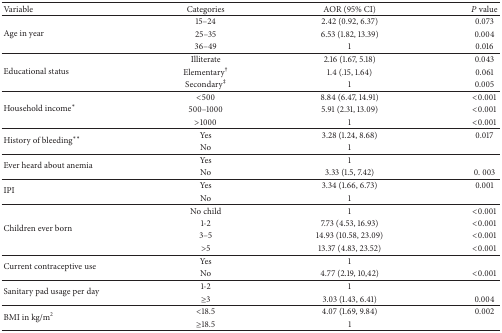
<table><thead><tr><td><b>Variable</b></td><td><b>Categories</b></td><td><b>AOR (95% CI)</b></td><td><b><i>P</i> value</b></td></tr></thead><tbody><tr><td rowspan="3">Age in year</td><td>15–24</td><td>2.42 (0.92, 6.37)</td><td>0.073</td></tr><tr><td>25–35</td><td>6.53 (1.82, 13.39)</td><td>0.004</td></tr><tr><td>36–49</td><td>1</td><td>0.016</td></tr><tr><td rowspan="3">Educational status</td><td>Illiterate</td><td>2.16 (1.67, 5.18)</td><td>0.043</td></tr><tr><td>Elementary<sup>†</sup></td><td>1.4 (.15, 1.64)</td><td>0.061</td></tr><tr><td>Secondary<sup>‡</sup></td><td>1</td><td>0.005</td></tr><tr><td rowspan="3">Household income<sup>*</sup></td><td>&lt;500</td><td>8.84 (6.47, 14.91)</td><td>&lt;0.001</td></tr><tr><td>500–1000</td><td>5.91 (2.31, 13.09)</td><td>&lt;0.001</td></tr><tr><td>&gt;1000</td><td>1</td><td>&lt;0.001</td></tr><tr><td rowspan="2">History of bleeding<sup>**</sup></td><td>Yes</td><td>3.28 (1.24, 8.68)</td><td>0.017</td></tr><tr><td>No</td><td>1 </td><td> </td></tr><tr><td rowspan="2">Ever heard about anemia</td><td>Yes</td><td>1</td><td> </td></tr><tr><td>No</td><td>3.33 (1.5, 7.42)</td><td>0. 003</td></tr><tr><td rowspan="2">IPI</td><td>Yes</td><td>3.34 (1.66, 6.73)</td><td>0.001</td></tr><tr><td>No</td><td>1</td><td> </td></tr><tr><td rowspan="4">Children ever born</td><td>No child </td><td>1</td><td>&lt;0.001</td></tr><tr><td>1-2</td><td>7.73 (4.53, 16.93)</td><td>&lt;0.001</td></tr><tr><td>3–5</td><td>14.93 (10.58, 23.09)</td><td>&lt;0.001</td></tr><tr><td>&gt;5</td><td>13.37 (4.83, 23.52)</td><td>&lt;0.001</td></tr><tr><td rowspan="2">Current contraceptive use</td><td>Yes</td><td>1</td><td> </td></tr><tr><td>No</td><td>4.77 (2.19, 10,42)</td><td>&lt;0.001</td></tr><tr><td rowspan="2">Sanitary pad usage per day</td><td>1-2</td><td>1</td><td> </td></tr><tr><td>≥3</td><td>3.03 (1.43, 6.41)</td><td>0.004</td></tr><tr><td rowspan="2">BMI in kg/m<sup>2</sup></td><td>&lt;18.5</td><td>4.07 (1.69, 9.84)</td><td>0.002</td></tr><tr><td>≥18.5</td><td>1</td><td> </td></tr></tbody></table>